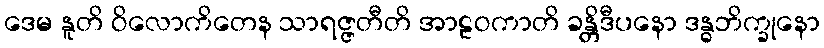
ဒေမ နူတိ ဝိလောကိတေန သာရဇ္ဇတီတိ အာဠဝကာတိ ခန္တိဒီပနော ဒန္ဓဘိက္ခုနော